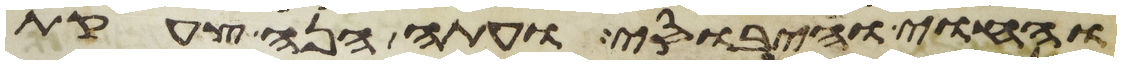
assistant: והחוי והיבוסי ועתה הנה צעקת